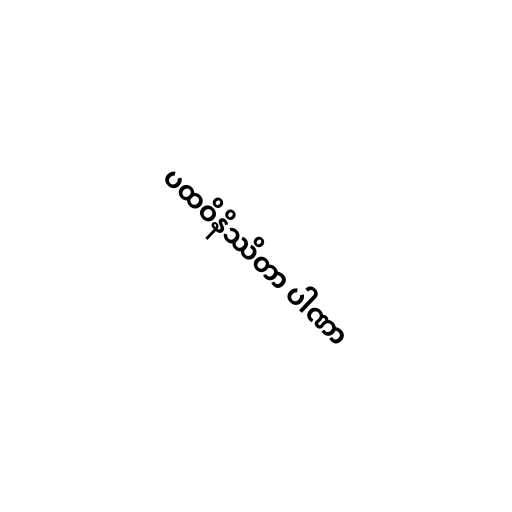
ပထဝိနိဿိတာ ပါဏာ